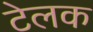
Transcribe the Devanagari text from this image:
टेलक